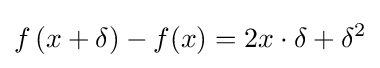
f\left(x+\delta \right)-f(x)=2x\cdot \delta +\delta ^{2}